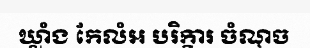
ឃ្លាំង កែលំអ បរិក្ខារ ចំណុច